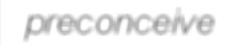
preconceive